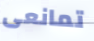
تمانعى